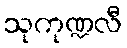
သုကုဏ္ဍလီ